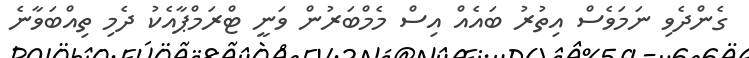
ގެންދެވި ނަމަވެސް އިތުރު ބައެއް އިސް މެމްބަރުން ވަނީ ޓްރަމްޕާއެކު ދެމި ތިއްބަވާނެ